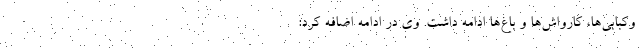
وکبابی‌ها، کارواش‌ها و باغ‌ها ادامه داشت. وی در ادامه اضافه کرد: